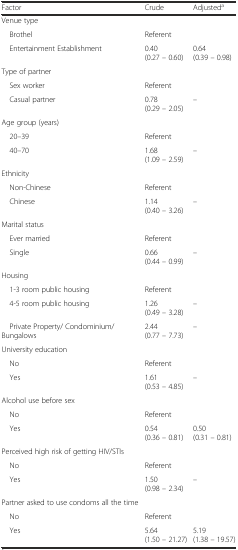
| Factor | Crude | Adjusteda |
 | --- | --- | --- |
 | Venue type |  |  |
 | Brothel | Referent |  |
 | Entertainment Establishment | 0.40 (0.27 – 0.60) | 0.64 (0.39 – 0.98) |
 | Type of partner |  |  |
 | Sex worker | Referent |  |
 | Casual partner | 0.78 (0.29 – 2.05) | – |
 | Age group (years) |  |  |
 | 20–39 | Referent |  |
 | 40–70 | 1.68 (1.09 – 2.59) | – |
 | Ethnicity |  |  |
 | Non-Chinese | Referent |  |
 | Chinese | 1.14 (0.40 – 3.26) | – |
 | Marital status |  |  |
 | Ever married | Referent |  |
 | Single | 0.66 (0.44 – 0.99) | – |
 | Housing |  |  |
 | 1-3 room public housing | Referent |  |
 | 4-5 room public housing | 1.26 (0.49 – 3.28) | – |
 | Private Property/ Condominium/ Bungalows | 2.44 (0.77 – 7.73) | – |
 | University education |  |  |
 | No | Referent |  |
 | Yes | 1.61 (0.53 – 4.85) | – |
 | Alcohol use before sex |  |  |
 | No | Referent |  |
 | Yes | 0.54 (0.36 – 0.81) | 0.50 (0.31 – 0.81) |
 | Perceived high risk of getting HIV/STIs |  |  |
 | No | Referent |  |
 | Yes | 1.50 (0.98 – 2.34) | – |
 | Partner asked to use condoms all the time |  |  |
 | No | Referent |  |
 | Yes | 5.64 (1.50 – 21.27) | 5.19 (1.38 – 19.57) |